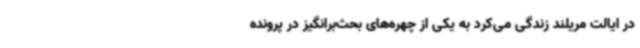
در ایالت مریلند زندگی می‌کرد به یکی از چهره‌های بحث‌برانگیز در پرونده